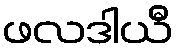
ဖလဒါယီ